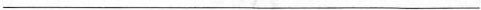
___